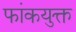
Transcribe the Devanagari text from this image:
फांकयुक्त